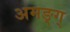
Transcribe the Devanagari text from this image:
अमङ्ग्